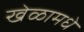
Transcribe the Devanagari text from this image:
खेळामधे